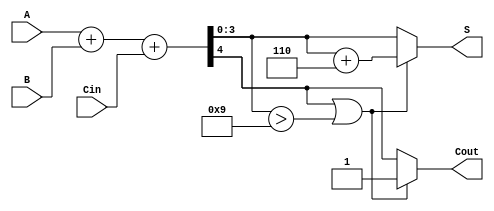
module BCD_Adder (
    input [3:0] A,       // First BCD digit
    input [3:0] B,       // Second BCD digit
    input Cin,           // Carry input
    output reg [3:0] S,  // BCD result
    output reg Cout      // Carry output
);

    wire [4:0] Sum;      // 5-bit sum to hold A + B + Cin
    wire correction_needed; // Signal to indicate if correction is needed

    // Step 1: Binary addition of A, B, and Cin
    assign Sum = A + B + Cin; // Sum is a 5-bit value

    // Step 2: Check if correction is needed
    // Correction is needed if Sum > 9 or Sum[4] == 1 (carry out from addition)
    assign correction_needed = (Sum[4] || (Sum[3:0] > 4'b1001));

    // Step 3: Generate the output based on correction
    always @(*) begin
        if (correction_needed) begin
            // Apply the correction by adding 6 (0110 in binary)
            S = Sum[3:0] + 4'b0110; // Sum[3:0] is the lower 4 bits of the result
            Cout = 1; // Set carry out since correction was applied
        end else begin
            S = Sum[3:0]; // No correction needed
            Cout = Sum[4]; // Carry out comes from the addition
        end

        // Note: S output is always a 4-bit BCD number after the correction logic
    end

endmodule